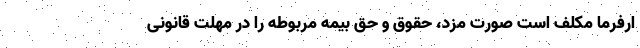
ارفرما مکلف است صورت مزد، حقوق و حق بیمه مربوطه را در مهلت قانونی